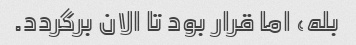
بله، اما قرار بود تا الان برگردد.